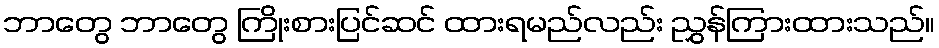
ဘာတွေ ဘာတွေ ကြိုးစားပြင်ဆင် ထားရမည်လည်း ညွှန်ကြားထားသည်။